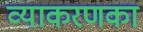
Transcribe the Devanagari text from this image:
व्याकरणका